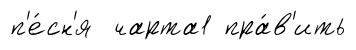
п'е́сн'я чарта1 пра́в'ить